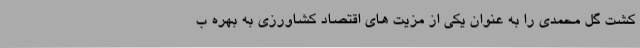
کشت گل محمدی را به عنوان یکی از مزیت های اقتصاد کشاورزی به بهره ب